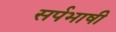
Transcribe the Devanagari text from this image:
सर्पभाषी